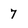
Character: 7